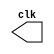
// --------------------------- 
// -- test clock generator (2) 
// --------------------------- 
module clock ( clk ); 
output clk; 
reg clk; 
initial 
begin 
clk = 1'b0; 
end 
always 
begin 
#12 clk = ~clk; 
end 
endmodule

module pulse ( signal, clock ); 
input clock; 
output signal; 
reg signal; 
always @ ( clock ) 
begin 
signal = 1'b1; 
#3 signal = 1'b0; 
#3 signal = 1'b1; 
#3 signal = 1'b0; 
end 
endmodule // pulse 

module trigger ( signal, on, clock ); 
input on, clock; 
output signal; 
reg signal; 
always @ ( posedge clock & on ) 
begin 
#60 signal = 1'b1; 
#60 signal = 1'b0; 
end 
endmodule // trigger 

module Exemplo042; 
wire clock; 
clock clk ( clock ); 
reg p; 
wire p1,t1; 
pulse pulse1 ( p1, clock ); 
trigger trigger1 ( t1, p, clock ); 
initial begin 
p = 1'b0; 
end 
initial begin 
$dumpfile ( "Exemplo042.vcd" ); 
$dumpvars ( 1, clock, p1, p, t1 ); 
#060 p = 1'b1; 
#120 p = 1'b0; 
#180 p = 1'b1; 
#240 p = 1'b0; 
#300 p = 1'b1; 
#360 p = 1'b0; 
#376 $finish; 
end 
endmodule // Exemplo042